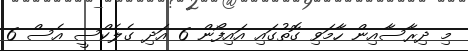
މި ދިރާސާއިން ހާމަވި ގޮތުގައި އައިފޯން 6 އަދި ގެލެކްސީ އެސް 6